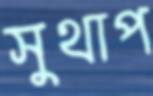
সুথাপ